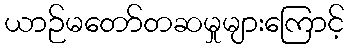
ယာဉ်မတော်တဆမှုများကြောင့်